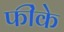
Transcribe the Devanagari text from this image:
फींके